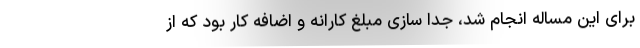
برای این مساله انجام شد، جدا سازی مبلغ کارانه و اضافه کار بود که از